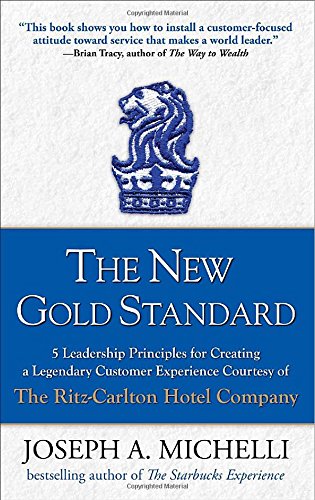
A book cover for The New Gold Standard: 5 Leadership Principles for Creating a Legendary Customer Experience Courtesy of the Ritz-Carlton Hotel Company; Joseph Michelli; Business & Money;